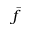
\bar { f }